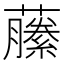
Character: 䕨